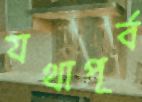
যথাপূর্ব